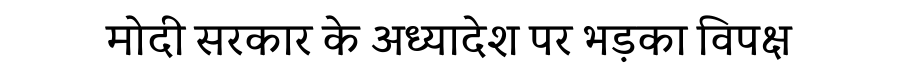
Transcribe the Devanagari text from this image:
मोदी सरकार के अध्यादेश पर भड़का विपक्ष